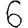
Digit: 6